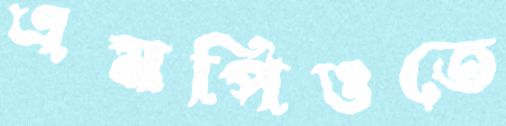
এমপিওতে